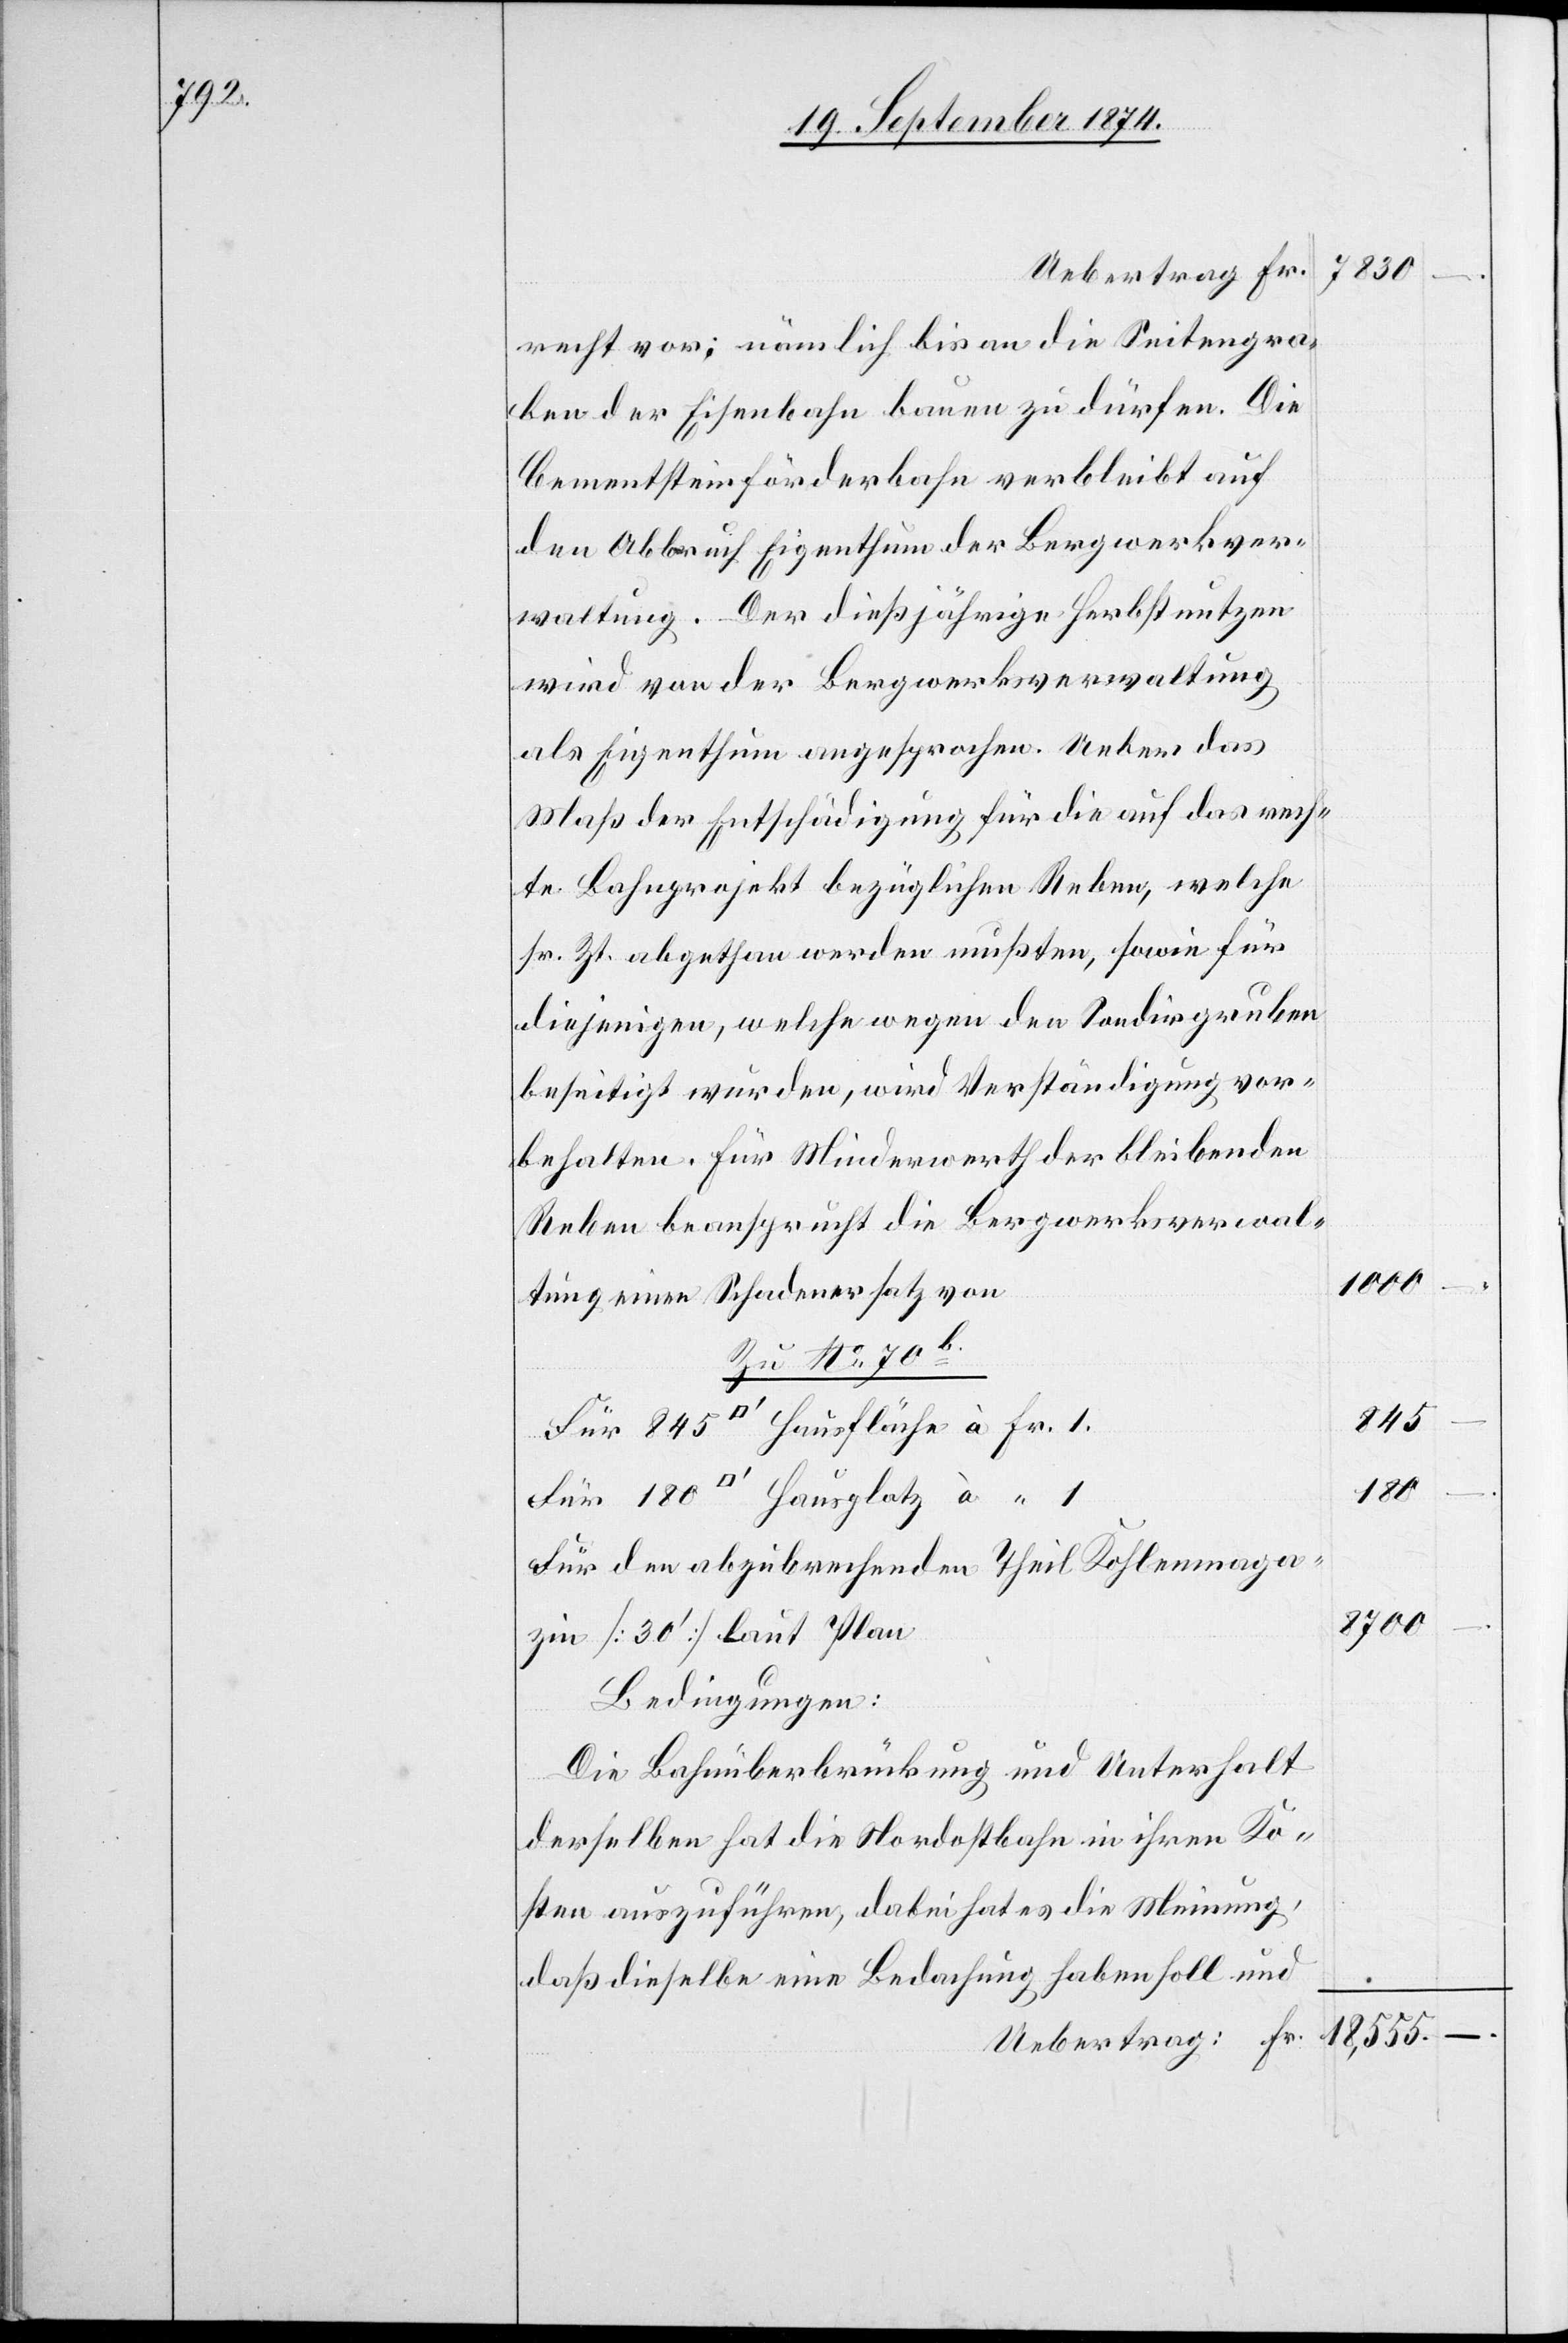
180

.–
Uebertrag Fr.
recht vor; nämlich bis an die Seitengra¬
ben der Eisenbahn bauen zu dürfen. Die
Cementstein Förderbahn verbleibt auf
den Abbruch Eigenthum der Bergwerkver¬
waltung. Der dießjährige Herbstnutzen
wird von der Bergwerksverwaltung
als Eigenthum angesprochen. Ueber das
Maß der Entschädigung für die auf das rech¬
te Bahnprojekt bezüglichen Reben, welche
sr. Zt. abgethan werden mußten, sowie für
diejenigen, welche wegen den Sondirgruben
beseitigt wurden, wird Verständigung vor¬
behalten. Für Minderwerth der bleibenden
Reben beansprucht die Bergwerkverwal¬
18,555
845
180
Für den abzubrechenden Theil Kohlenmaga¬
8700
zin [30‘] Laut Plan
Bedingungen:
Die Bahnüberbrückung und Unterhalt
derselben hat die Nordostbahn in ihren Ko¬
sten auszuführen, dabei hat es die Meinung,
daß dieselbe eine Bedachung haben soll und